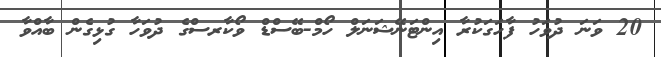
20 ވަނަ ދުވަހު ފާހަގަކުރާ އިންޓަނޭޝަނަލް ހޯމް-ބޭސްޑް ވޯކާރސްގެ ދުވަހާ ގުޅިގެން ބާއްވާ